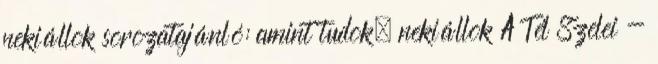
nekiállok sorozatajánló: amint tudok, nekiállok A Tél Szelei -